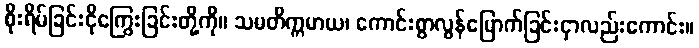
စိုးရိမ်ခြင်းငိုကြွေးခြင်းတို့ကို။ သမတိက္ကမာယ၊ ကောင်းစွာလွန်မြောက်ခြင်းငှာလည်းကောင်း။